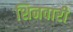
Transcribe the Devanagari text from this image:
शिनवारी